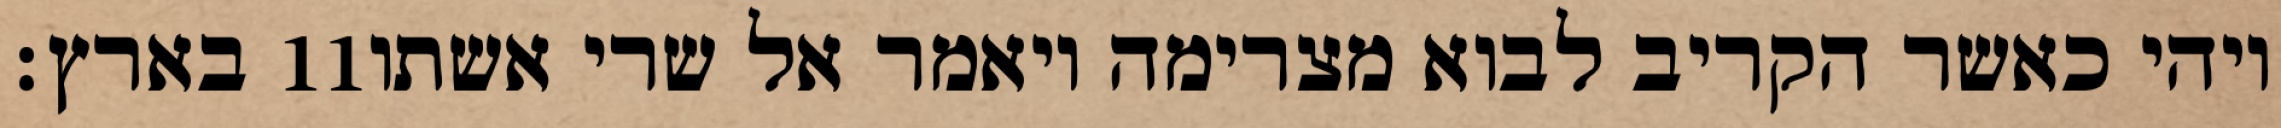
בארץ׃ ‎11‏ ויהי כאשר הקריב לבוא מצרימה ויאמר אל שרי אשתו